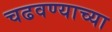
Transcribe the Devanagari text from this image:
चढवण्याच्या